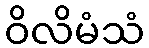
ဝိလိမံသံ